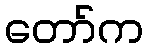
တော်က